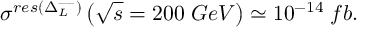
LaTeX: \sigma ^ { r e s ( \Delta _ { L } ^ { -- } ) } \left( \sqrt { s } = 2 0 0 \; G e V \right) \simeq 1 0 ^ { - 1 4 } \; f b .